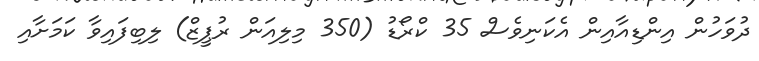
ދުވަހުން އިންޑިއާއިން އެކަނިވެސް 35 ކްރޯޑު (350 މިލިއަން ރުޕީޒް) ލިބިފައިވާ ކަމަށާއި